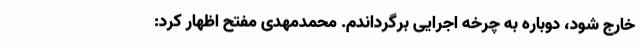
خارج شود، دوباره به چرخه اجرایی برگرداندم. محمدمهدی مفتح اظهار کرد: